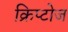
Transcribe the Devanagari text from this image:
क्रिप्टोज